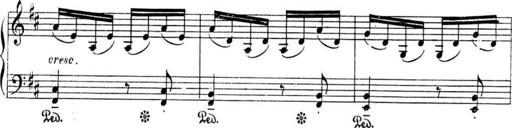
Title: Sonatines
Composer: Hedwige ChrÃ©tien